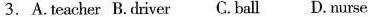
3. A.teacher B.driver C.ball D.nurse